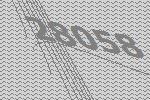
28058